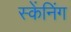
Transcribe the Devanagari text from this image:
स्केंनिंग